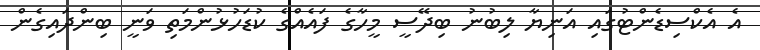
އެ އެކްސިޑެންޓުގައި އަނިޔާ ލިބުނު ބިދޭސީ މީހާގެ ފައެއްގެ ކުޑަހުޅުންމަތި ވަނީ ބިންދައިގެން